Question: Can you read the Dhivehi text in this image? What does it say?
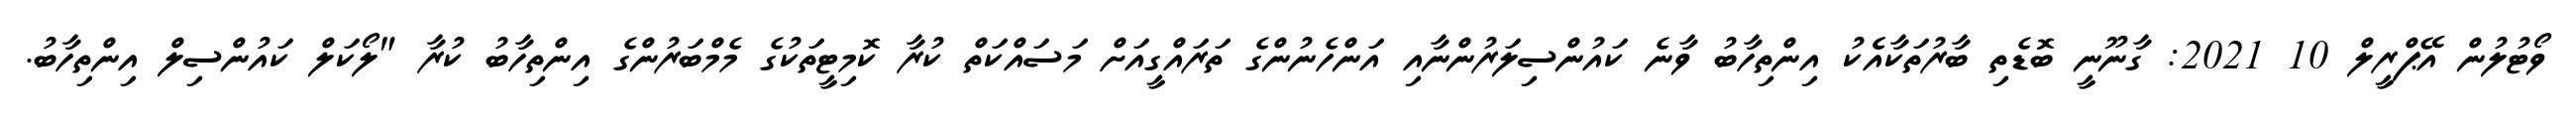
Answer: ވޯޓުލުން އޭޕްރީލް 10 2021: ގާނޫނީ ބޮޑެތި ބާރުތަކާއެެކު އިންތިހާބު ވާނެ ކައުންސިލަރުންނާއި އަންހެނުންގެ ތަރައްގީއަށް މަސައްކަތް ކުރާ ކޮމިޓީތަކުގެ މެމްބަރުންގެ އިންތިހާބު ކުރާ "ލޯކަލް ކައުންސިލް އިންތިހާބު.